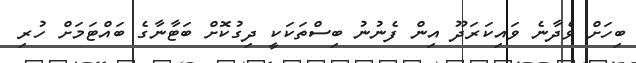
ބިހަށް ވެދާނެ ވައިކަރަދޫ އިން ފެނުނު ބިސްތަކަކީ ދިގުކޮށް ބަޓާނާގެ ބައްޓަމަށް ހުރި